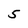
Character: 5